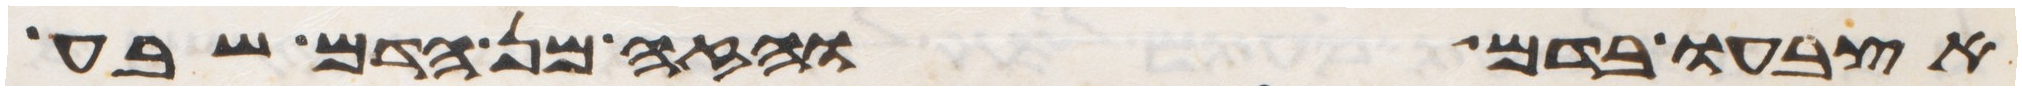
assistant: אצבעו בדם והזה מן הדם שבע